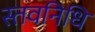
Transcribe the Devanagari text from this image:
स्तवनिधि